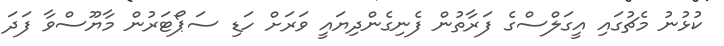
ކުޅުނު މެޗުގައި އީގަލްސްގެ ފަރާތުން ފެނިގެންދިޔައީ ވަރަށް ހަޑި ސަޕޯޓަރުން މާޔޫސްވާ ފަދަ